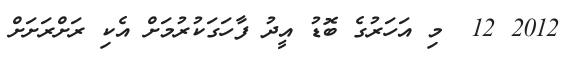
2012 12  މި އަހަރުގެ ބޮޑު އީދު ފާހަގަކުރުމަށް އެކި ރަށްރަށަށް